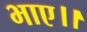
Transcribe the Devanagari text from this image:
भाए।।